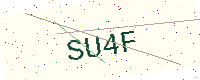
Text: SU4F